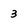
Character: 3